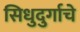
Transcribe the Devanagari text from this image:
सिधुदुर्गाचे